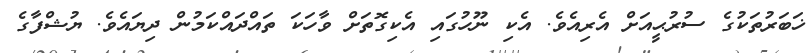
ޚަބަރުތަކުގެ ސުރުޙީއަށް އެރިއެވެ. އެކި ނޫހުގައި އެކިގޮތަށް ވާހަކަ ތައްދައްކަމުން ދިޔައެވެ. ޔުޝްފާގެ